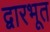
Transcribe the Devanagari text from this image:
द्वारभूत